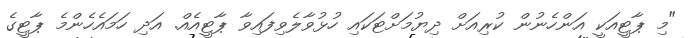
"މި ޕާޓީއަކީ އަންހެނުން ކުރިއަށް ދިޔުމަށްޓަކައި ހުޅުވާލެވިފައިވާ ޕާޓީއެއް. އަދި ހަމައެހެންމެ ޕާޓީގެ